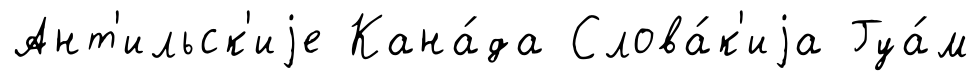
Ант'ильск'иjе Кана́да Слова́к'иjа Гуа́м